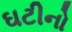
ઘટીનો